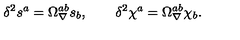
\delta ^ { 2 } s ^ { a } = \Omega _ { \nabla } ^ { a b } s _ { b } , \qquad \delta ^ { 2 } \chi ^ { a } = \Omega _ { \nabla } ^ { a b } \chi _ { b } .